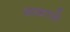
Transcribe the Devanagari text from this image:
अख़ाडे